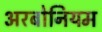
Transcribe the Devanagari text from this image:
अरबोनियम